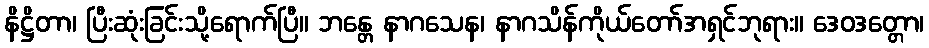
နိဋ္ဌိတာ၊ ပြီးဆုံးခြင်းသို့ရောက်ပြီ။ ဘန္တေ နာဂသေန၊ နာဂသိန်ကိုယ်တော်အရှင်ဘုရား။ ဒေဝဒတ္တော၊